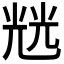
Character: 𭀬